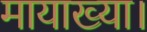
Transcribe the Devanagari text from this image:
मायाख्या।